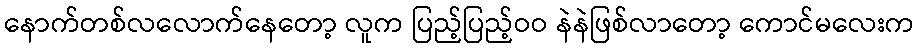
နောက်တစ်လလောက်နေတော့ လူက ပြည့်ပြည့်ဝဝ နဲနဲဖြစ်လာတော့ ကောင်မလေးက